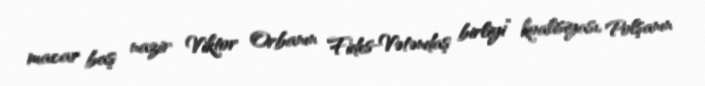
macar baş nazir Viktor Orbanın Fides-Vətəndaş birliyi” koalisiyası, Polşanın